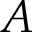
A